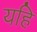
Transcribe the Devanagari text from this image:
यहि